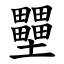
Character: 壨